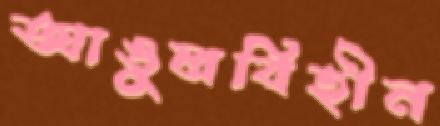
আঙুলবিহীন